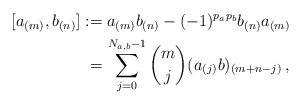
\begin{align*}[a_{(m)}, b_{(n)}] :=&\; a_{(m)} b_{(n)} - (-1)^{p_a p_b} b_{(n)} a_{(m)} \\=&\, \sum_{j=0}^{N_{a,b}-1} \binom{m}{j} (a_{(j)}b)_{(m+n-j)} \,,\end{align*}